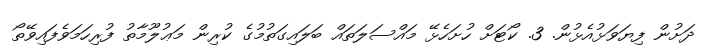
ދަށުން ފިޔަވަޅުއެޅުން. 3. ކޯޓަށް ހުށަހެޅޭ މައްސަލަތައް ބަލައިގަތުމުގެ ކުރިން މަޢުލޫމާތު ފުރިހަމަވެފައިވޭތޯ